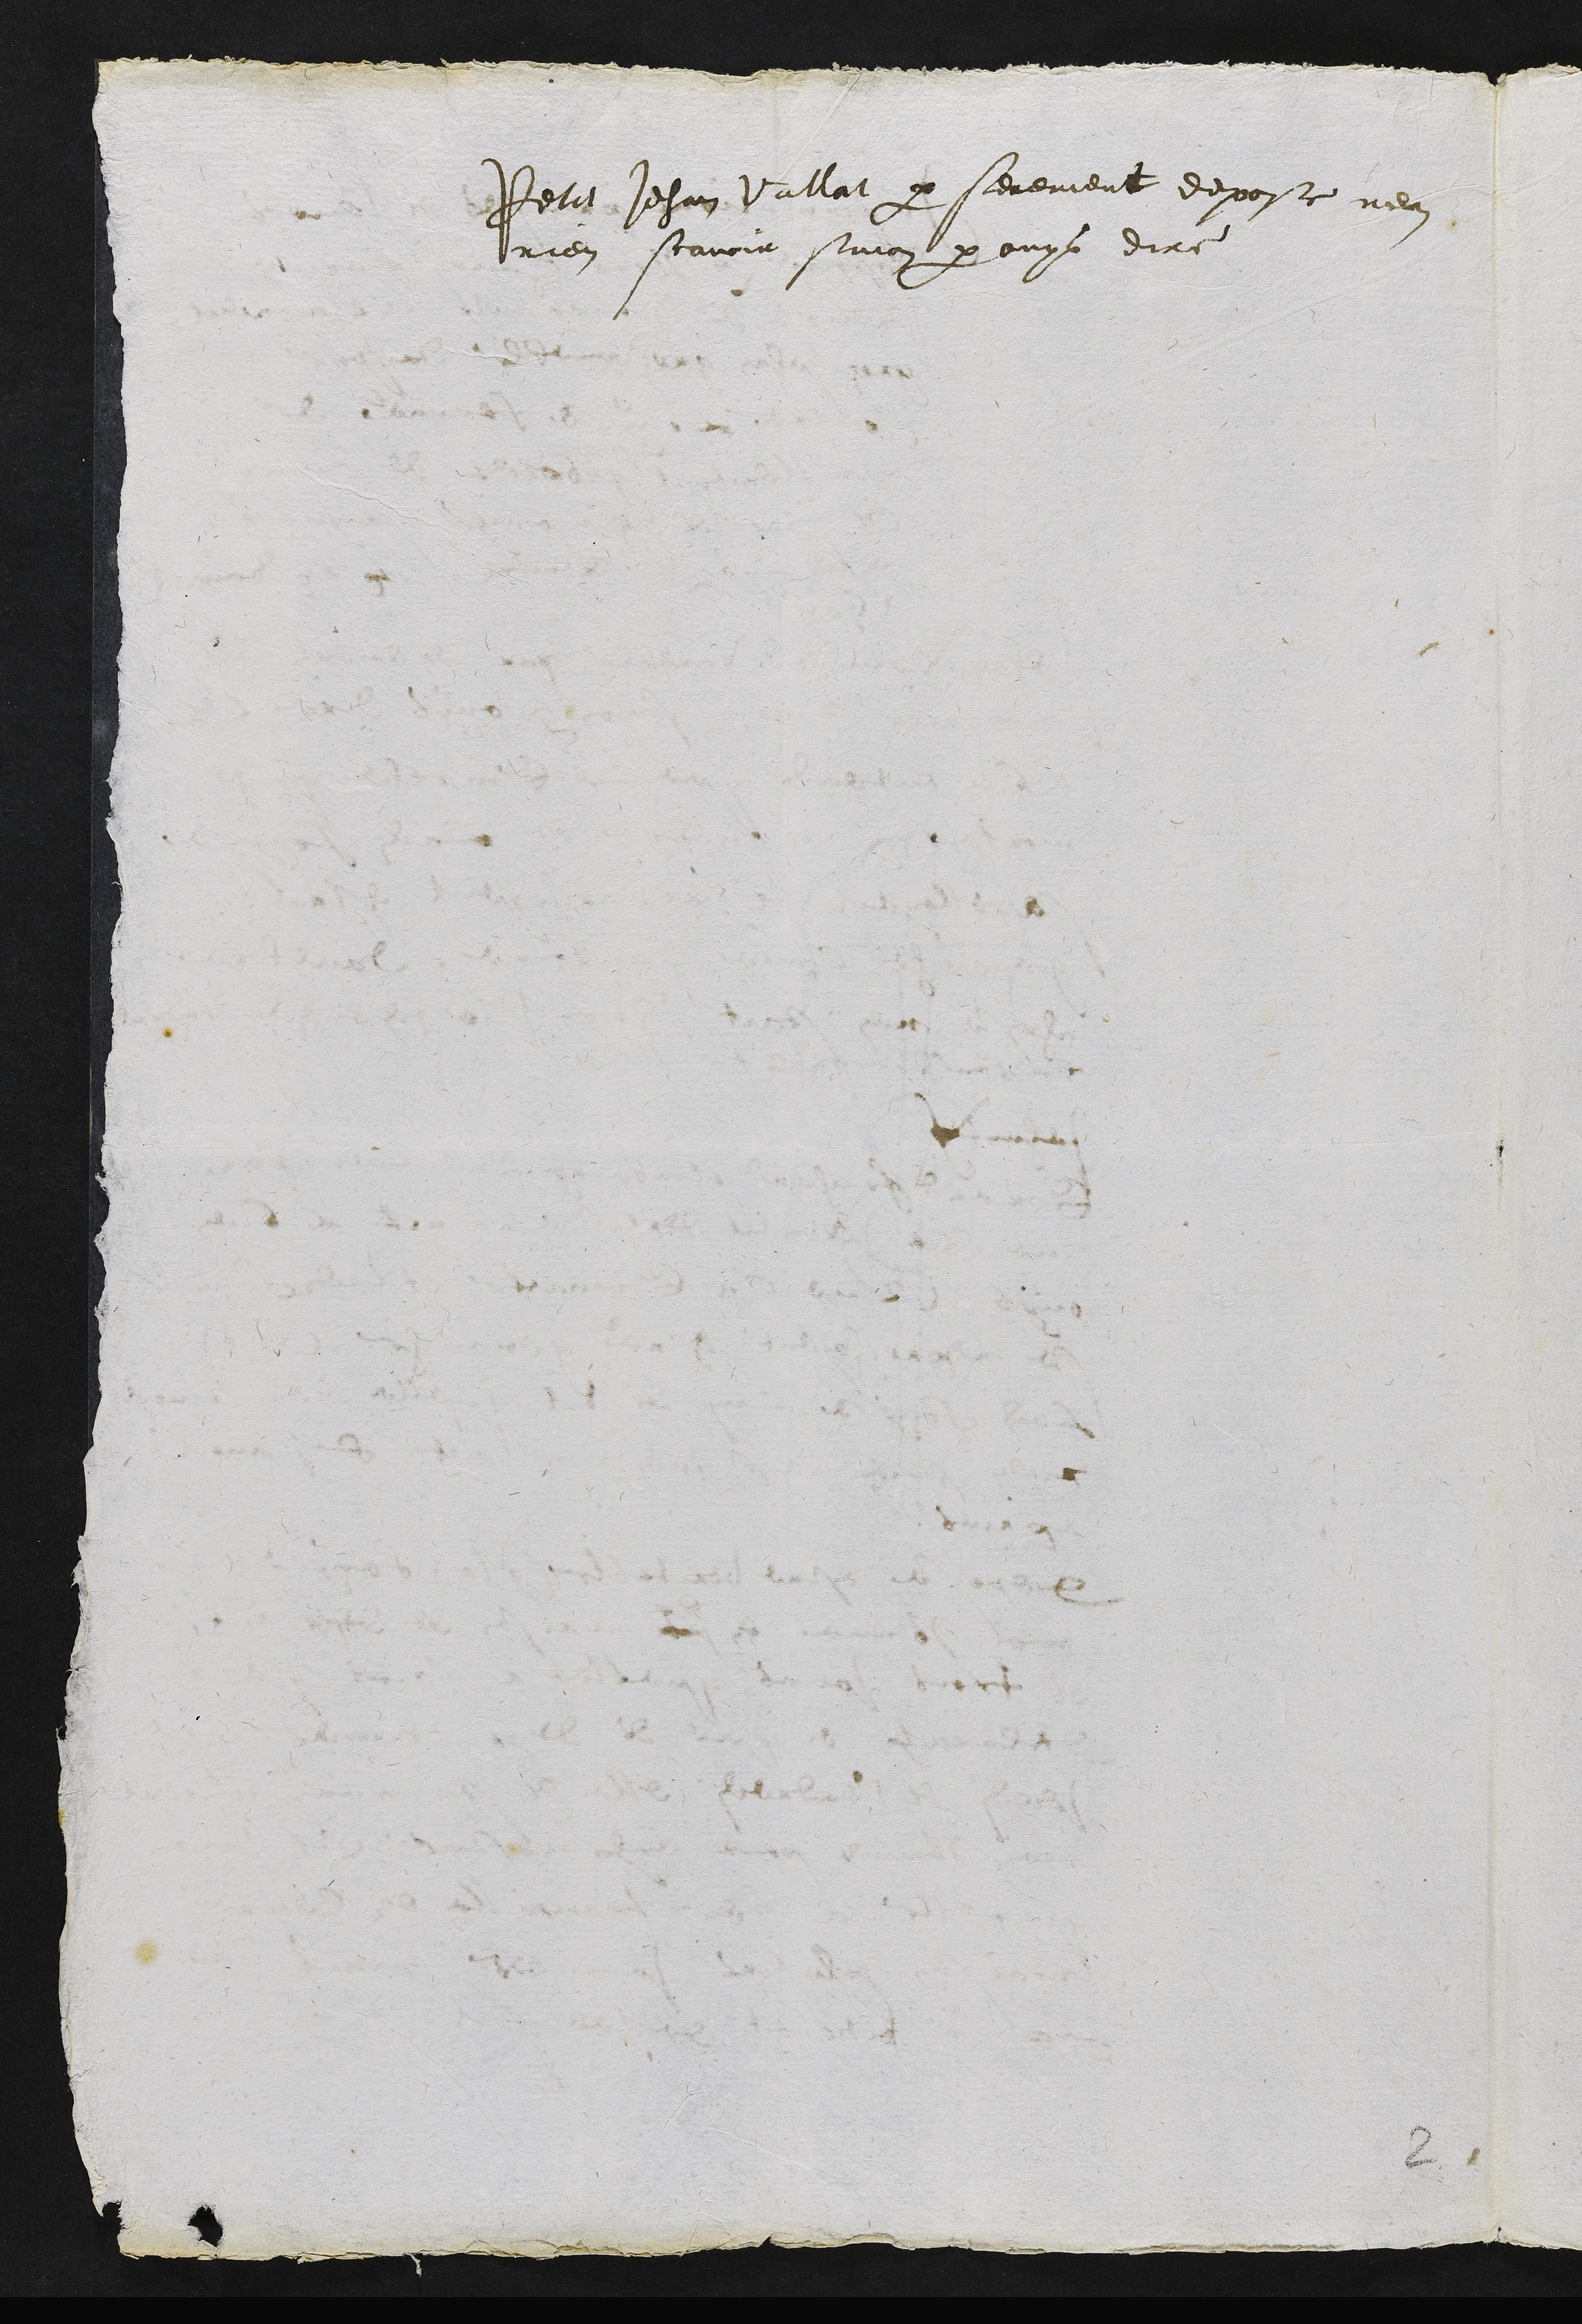
Petit Jehan Vallat par serement depose nen
rien scavoir sinon par ouys dire